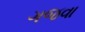
ગજવા